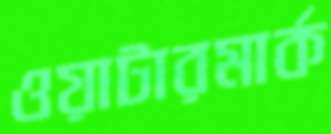
ওয়াটারমার্ক